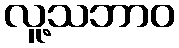
လူ့သဘာဝ